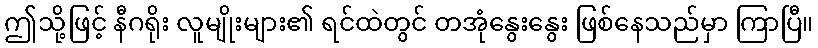
ဤသို့ဖြင့် နီဂရိုး လူမျိုးများ၏ ရင်ထဲတွင် တအုံနွေးနွေး ဖြစ်နေသည်မှာ ကြာပြီ။